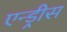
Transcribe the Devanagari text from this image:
एन्ड्रीस